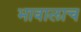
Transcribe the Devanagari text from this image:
भावालाच